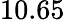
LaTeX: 10.65